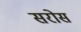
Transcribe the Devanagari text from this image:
सरोस